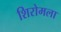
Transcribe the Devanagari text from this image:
शिरोमला